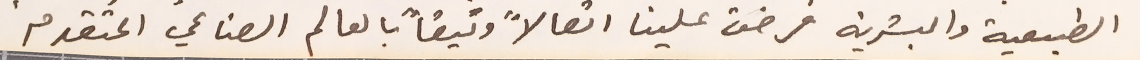
الطبيعية والبشرية فرضت علينا اتصالاً وثيقاً بالعالم الصناعي المتقدم